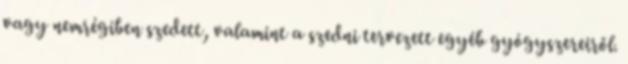
vagy nemrégiben szedett, valamint a szedni tervezett egyéb gyógyszereiről.